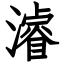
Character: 濬